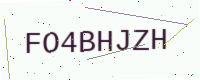
Text: FO4BHJZH